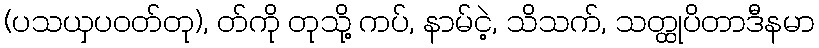
(ပသယှပဝတ်တု), တ်ကို တုသို့ ကပ်, နာမ်ငဲ့, သိသက်, သတ္ထုပိတာဒီနမာ